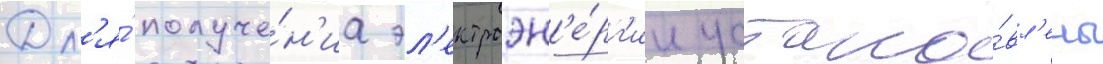
Дл'я́ получе́н'иа эл'ектроэн'е́рг'ии устано́вл'ены